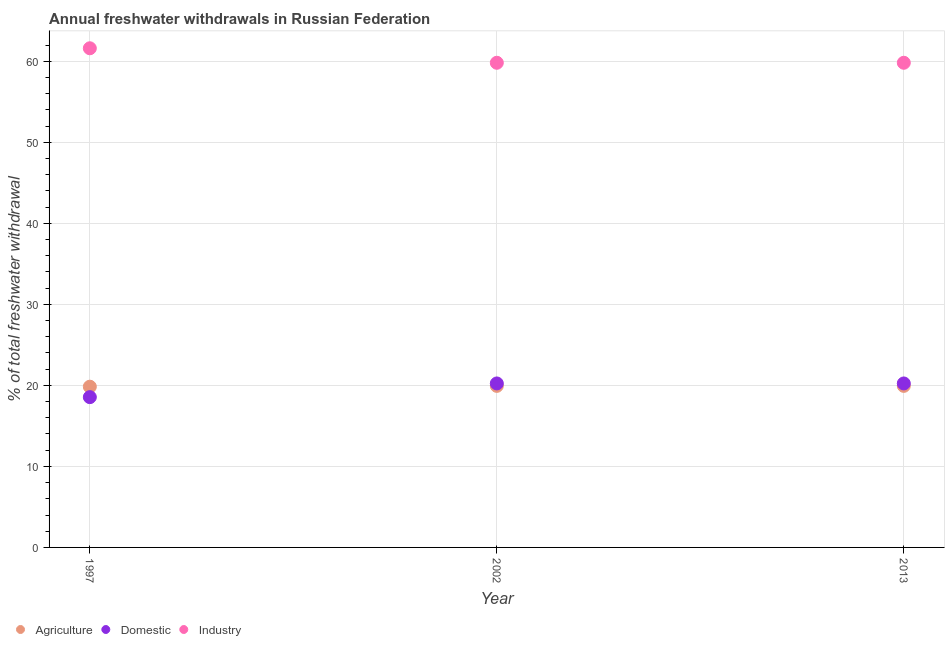
| Year | Agriculture | Domestic | Industry |
 | --- | --- | --- | --- |
 | 1997 | 19.8 | 18.6 | 61.6 |
 | 2002 | 19.9 | 20.2 | 59.8 |
 | 2013 | 19.9 | 20.2 | 59.8 |